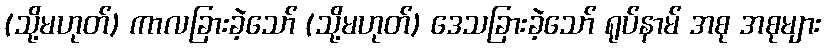
(သို့မဟုတ်) ကာလခြားခဲ့သော် (သို့မဟုတ်) ဒေသခြားခဲ့သော် ရုပ်နာမ် အစု အစုများ